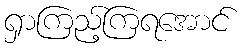
ရှာကြည့်ကြရအောင်